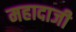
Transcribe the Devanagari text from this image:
महादाजी